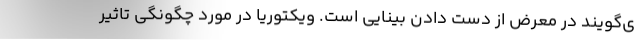
ی‌گویند در معرض از دست دادن بینایی است. ویکتوریا در مورد چگونگی تاثیر